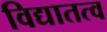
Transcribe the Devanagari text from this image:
विद्यातत्व